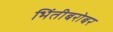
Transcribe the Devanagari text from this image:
भिंतीबरोबर